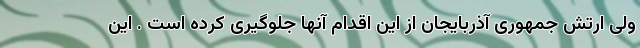
ولی ارتش جمهوری آذربایجان از این اقدام آنها جلوگیری کرده است . این